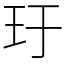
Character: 玗